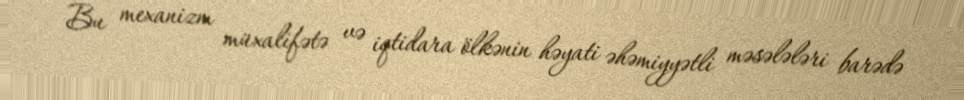
Bu mexanizm müxalifətə və iqtidara ölkənin həyati əhəmiyyətli məsələləri barədə